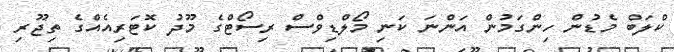
ކްލަބް މެޑުން ހިންގަމުން އަންނަ ކަނި މޯލްޑިވްސް ރިސޯޓްގެ މޫދު ކޮޓަރިއެއްގެ ތިޖޫރި